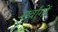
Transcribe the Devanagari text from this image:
सर्वांगों